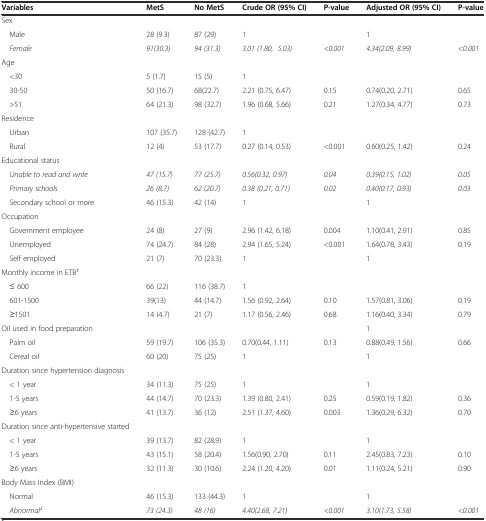
<table><thead><tr><td><b>Variables</b></td><td><b>MetS</b></td><td><b>No MetS</b></td><td><b>Crude OR (95% CI)</b></td><td><b>P-value</b></td><td><b>Adjusted OR (95% CI)</b></td><td><b>P-value</b></td></tr></thead><tbody><tr><td>Sex</td><td></td><td></td><td></td><td></td><td></td><td></td></tr><tr><td> Male</td><td>28 (9.3)</td><td>87 (29)</td><td>1</td><td></td><td>1</td><td></td></tr><tr><td> <i>Female</i></td><td><i>91(30.3)</i></td><td><i>94 (31.3)</i></td><td><i>3.01 (1.80, 5.03)</i></td><td><i>&lt;0.001</i></td><td><i>4.34(2.09, 8.99)</i></td><td><i>&lt;0.001</i></td></tr><tr><td>Age</td><td></td><td></td><td></td><td></td><td></td><td></td></tr><tr><td> &lt;30</td><td>5 (1.7)</td><td>15 (5)</td><td>1</td><td></td><td></td><td></td></tr><tr><td> 30-50</td><td>50 (16.7)</td><td>68(22.7)</td><td>2.21 (0.75, 6.47)</td><td>0.15</td><td>0.74(0.20, 2.71)</td><td>0.65</td></tr><tr><td> &gt;51</td><td>64 (21.3)</td><td>98 (32.7)</td><td>1.96 (0.68, 5.66)</td><td>0.21</td><td>1.27(0.34, 4.77)</td><td>0.73</td></tr><tr><td>Residence</td><td></td><td></td><td></td><td></td><td></td><td></td></tr><tr><td> Urban</td><td>107 (35.7)</td><td>128 (42.7)</td><td>1</td><td></td><td></td><td></td></tr><tr><td> Rural</td><td>12 (4)</td><td>53 (17.7)</td><td>0.27 (0.14, 0.53)</td><td>&lt;0.001</td><td>0.60(0.25, 1.42)</td><td>0.24</td></tr><tr><td>Educational status</td><td></td><td></td><td></td><td></td><td></td><td></td></tr><tr><td> <i>Unable to read and write</i></td><td><i>47 (15.7)</i></td><td><i>77 (25.7)</i></td><td><i>0.56(0.32, 0.97)</i></td><td><i>0.04</i></td><td><i>0.39(0.15, 1.02)</i></td><td><i>0.05</i></td></tr><tr><td> <i>Primary schools</i></td><td><i>26 (8.7)</i></td><td><i>62 (20.7)</i></td><td><i>0.38 (0.21, 0.71)</i></td><td><i>0.02</i></td><td><i>0.40(0.17, 0.93)</i></td><td><i>0.03</i></td></tr><tr><td> Secondary school or more</td><td>46 (15.3)</td><td>42 (14)</td><td>1</td><td></td><td>1</td><td></td></tr><tr><td>Occupation</td><td></td><td></td><td></td><td></td><td></td><td></td></tr><tr><td> Government employee</td><td>24 (8)</td><td>27 (9)</td><td>2.96 (1.42, 6.18)</td><td>0.004</td><td>1.10(0.41, 2.91)</td><td>0.85</td></tr><tr><td> Unemployed</td><td>74 (24.7)</td><td>84 (28)</td><td>2.94 (1.65, 5.24)</td><td>&lt;0.001</td><td>1.64(0.78, 3.43)</td><td>0.19</td></tr><tr><td> Self employed</td><td>21 (7)</td><td>70 (23.3)</td><td>1</td><td></td><td>1</td><td></td></tr><tr><td>Monthly income in ETB<sup>‡</sup></td><td></td><td></td><td></td><td></td><td></td><td></td></tr><tr><td> ≤ 600</td><td>66 (22)</td><td>116 (38.7)</td><td>1</td><td></td><td></td><td></td></tr><tr><td> 601-1500</td><td>39(13)</td><td>44 (14.7)</td><td>1.56 (0.92, 2.64)</td><td>0.10</td><td>1.57(0.81, 3.06)</td><td>0.19</td></tr><tr><td> ≥1501</td><td>14 (4.7)</td><td>21 (7)</td><td>1.17 (0.56, 2.46)</td><td>0.68</td><td>1.16(0.40, 3.34)</td><td>0.79</td></tr><tr><td>Oil used in food preparation</td><td></td><td></td><td></td><td></td><td>1</td><td></td></tr><tr><td> Palm oil</td><td>59 (19.7)</td><td>106 (35.3)</td><td>0.70(0.44, 1.11)</td><td>0.13</td><td>0.88(0.49, 1.56)</td><td>0.66</td></tr><tr><td> Cereal oil</td><td>60 (20)</td><td>75 (25)</td><td>1</td><td></td><td>1</td><td></td></tr><tr><td>Duration since hypertension diagnosis</td><td></td><td></td><td></td><td></td><td></td><td></td></tr><tr><td> &lt; 1 year</td><td>34 (11.3)</td><td>75 (25)</td><td>1</td><td></td><td>1</td><td></td></tr><tr><td> 1-5 years</td><td>44 (14.7)</td><td>70 (23.3)</td><td>1.39 (0.80, 2.41)</td><td>0.25</td><td>0.59(0.19, 1.82)</td><td>0.36</td></tr><tr><td> ≥6 years</td><td>41 (13.7)</td><td>36 (12)</td><td>2.51 (1.37, 4.60)</td><td>0.003</td><td>1.36(0.29, 6.32)</td><td>0.70</td></tr><tr><td>Duration since anti-hypertensive started</td><td></td><td></td><td></td><td></td><td></td><td></td></tr><tr><td> &lt; 1 year</td><td>39 (13.7)</td><td>82 (28.9)</td><td>1</td><td></td><td>1</td><td></td></tr><tr><td> 1-5 years</td><td>43 (15.1)</td><td>58 (20.4)</td><td>1.56(0.90, 2.70)</td><td>0.11</td><td>2.45(0.83, 7.23)</td><td>0.10</td></tr><tr><td> ≥6 years</td><td>32 (11.3)</td><td>30 (10.6)</td><td>2.24 (1.20, 4.20)</td><td>0.01</td><td>1.11(0.24, 5.21)</td><td>0.90</td></tr><tr><td>Body Mass Index (BMI)</td><td></td><td></td><td></td><td></td><td></td><td></td></tr><tr><td> Normal</td><td>46 (15.3)</td><td>133 (44.3)</td><td>1</td><td></td><td>1</td><td></td></tr><tr><td> <i>Abnormal</i><sup><i>£</i></sup></td><td><i>73 (24.3)</i></td><td><i>48 (16)</i></td><td><i>4.40(2.68, 7.21)</i></td><td><i>&lt;0.001</i></td><td><i>3.10(1.73, 5.58)</i></td><td><i>&lt;0.001</i></td></tr></tbody></table>